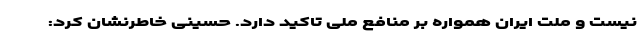
نیست و ملت ایران همواره بر منافع ملی تاکید دارد. حسینی خاطرنشان کرد: